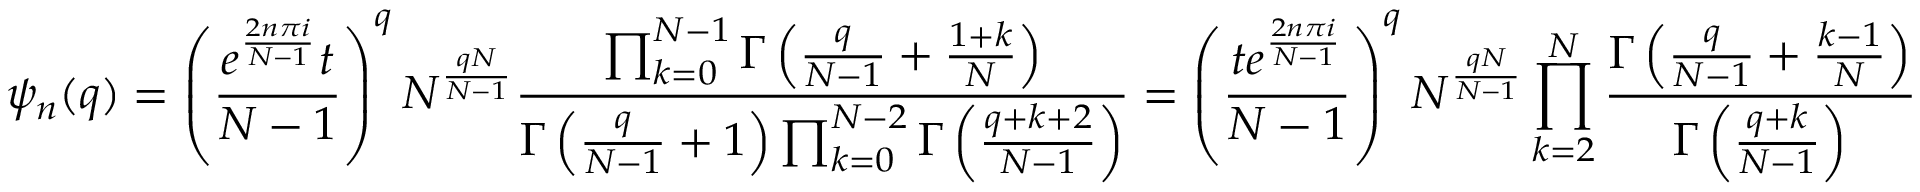
\psi _ { n } ( q ) = \left( { \frac { e ^ { \frac { 2 n \pi i } { N - 1 } } t } { N - 1 } } \right) ^ { q } N ^ { \frac { q N } { N - 1 } } { \frac { \prod _ { k = 0 } ^ { N - 1 } \Gamma \left( { \frac { q } { N - 1 } } + { \frac { 1 + k } { N } } \right) } { \Gamma \left( { \frac { q } { N - 1 } } + 1 \right) \prod _ { k = 0 } ^ { N - 2 } \Gamma \left( { \frac { q + k + 2 } { N - 1 } } \right) } } = \left( { \frac { t e ^ { \frac { 2 n \pi i } { N - 1 } } } { N - 1 } } \right) ^ { q } N ^ { \frac { q N } { N - 1 } } \prod _ { k = 2 } ^ { N } { \frac { \Gamma \left( { \frac { q } { N - 1 } } + { \frac { k - 1 } { N } } \right) } { \Gamma \left( { \frac { q + k } { N - 1 } } \right) } }